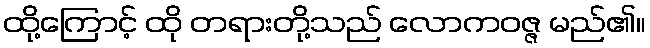
ထို့ကြောင့် ထို တရားတို့သည် လောကဝဇ္ဇ မည်၏။